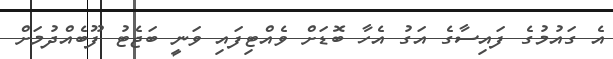
އެ ގައުމުގެ ފައިސާގެ އަގު އެހާ ބޮޑަށް ވެއްޓިފައި ވަނީ ބަޖެޓު ފޫބެއްދުމަށް